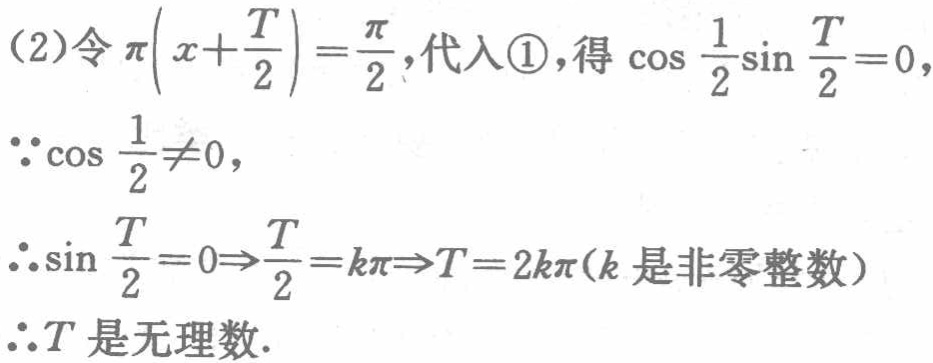
(2)令\(\pi\left(x + \frac{T}{2}\right)=\frac{\pi}{2}\)，代入\textcircled{1}，得\(\cos\frac{1}{2}\sin\frac{T}{2}=0\)，
\(\because\cos\frac{1}{2}\neq0\)，
\(\therefore\sin\frac{T}{2}=0\Rightarrow\frac{T}{2}=k\pi\Rightarrow T = 2k\pi\)（\(k\)是非零整数）
\(\therefore T\)是无理数.